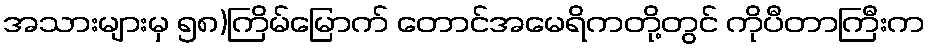
အသားများမှ ၅၈)ကြိမ်မြောက် တောင်အမေရိကတို့တွင် ကိုပီတာကြီးက